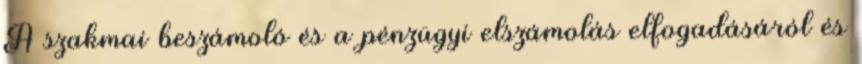
A szakmai beszámoló és a pénzügyi elszámolás elfogadásáról és